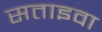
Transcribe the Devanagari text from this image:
सताइवा